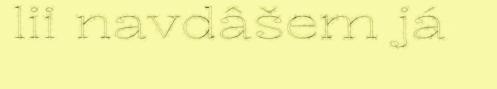
lii navdâšem já